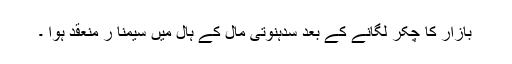
بازار کا چکر لگانے کے بعد سدہنوتی مال کے ہال میں سیمنا ر منعقد ہوا ۔